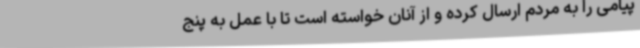
پیامی را به مردم ارسال کرده و از آنان خواسته است تا با عمل به پنج